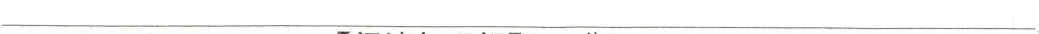
___